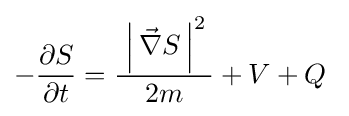
-{\frac {\partial S}{\partial t}}={\frac {\;\left|\,{\vec {\nabla }}S\,\right|^{2}\,}{\,2m\,}}+V+Q~